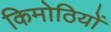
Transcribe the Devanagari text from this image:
किमोठियों